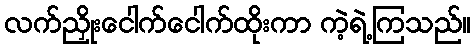
လက်ညှိုးငေါက်ငေါက်ထိုးကာ ကဲ့ရဲ့ကြသည်။